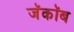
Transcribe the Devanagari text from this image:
जॅकॉब